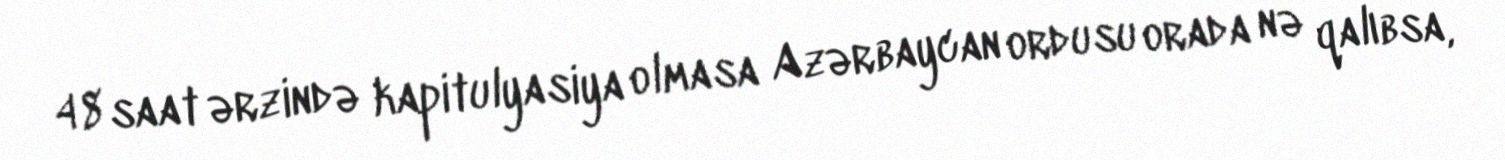
48 saat ərzində kapitulyasiya olmasa Azərbaycan ordusu orada nə qalıbsa,